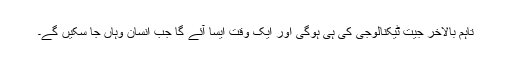
تاہم بالآخر جیت ٹیکنالوجی کی ہی ہوگی اور ایک وقت ایسا آئے گا جب انسان وہاں جا سکیں گے۔